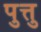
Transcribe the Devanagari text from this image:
पुत्तु